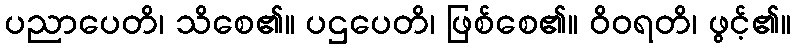
ပညာပေတိ၊ သိစေ၏။ ပဌပေတိ၊ ဖြစ်စေ၏။ ဝိဝရတိ၊ ဖွင့်၏။